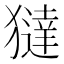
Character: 㺚